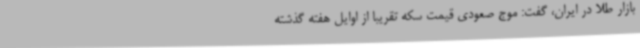
بازار طلا در ایران، گفت: موج صعودی قیمت سکه تقریبا از اوایل هفته گذشته